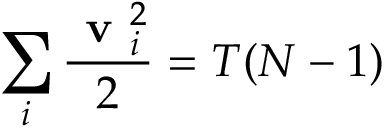
\sum _ { i } \frac { \textbf { v } _ { i } ^ { 2 } } { 2 } = T ( N - 1 )